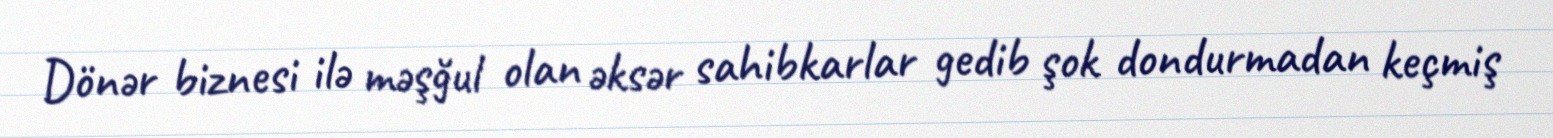
Dönər biznesi ilə məşğul olan əksər sahibkarlar gedib şok dondurmadan keçmiş